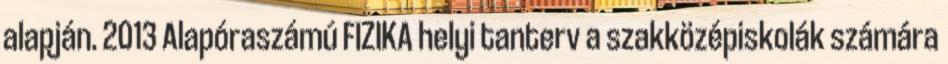
alapján. 2013 Alapóraszámú FIZIKA helyi tanterv a szakközépiskolák számára